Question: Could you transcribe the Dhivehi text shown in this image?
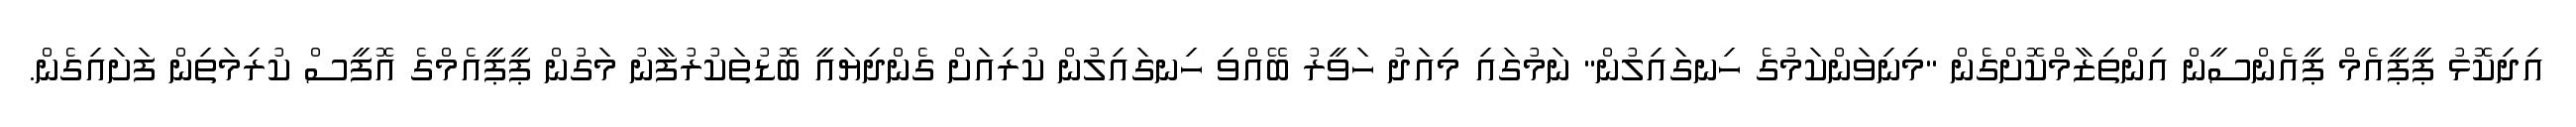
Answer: އިދިކޮޅު ޕީޕީއެމް ޕީއެންސީން އިންތިޒާމްކޮށްގެން "މިނިވަންކަމުގެ ހިނގައިލުން" ނަމުގައި މިއަދު ހަވީރު ބޭއްވި ހިނގައިލުން ކުރިއަށް ގެންދިޔައީ ބޮޑުތަކުރުފާނު މަގުން ޕީޕީއެމްގެ އޮފީސް ކުރިމަތިން ފަށައިގެން.